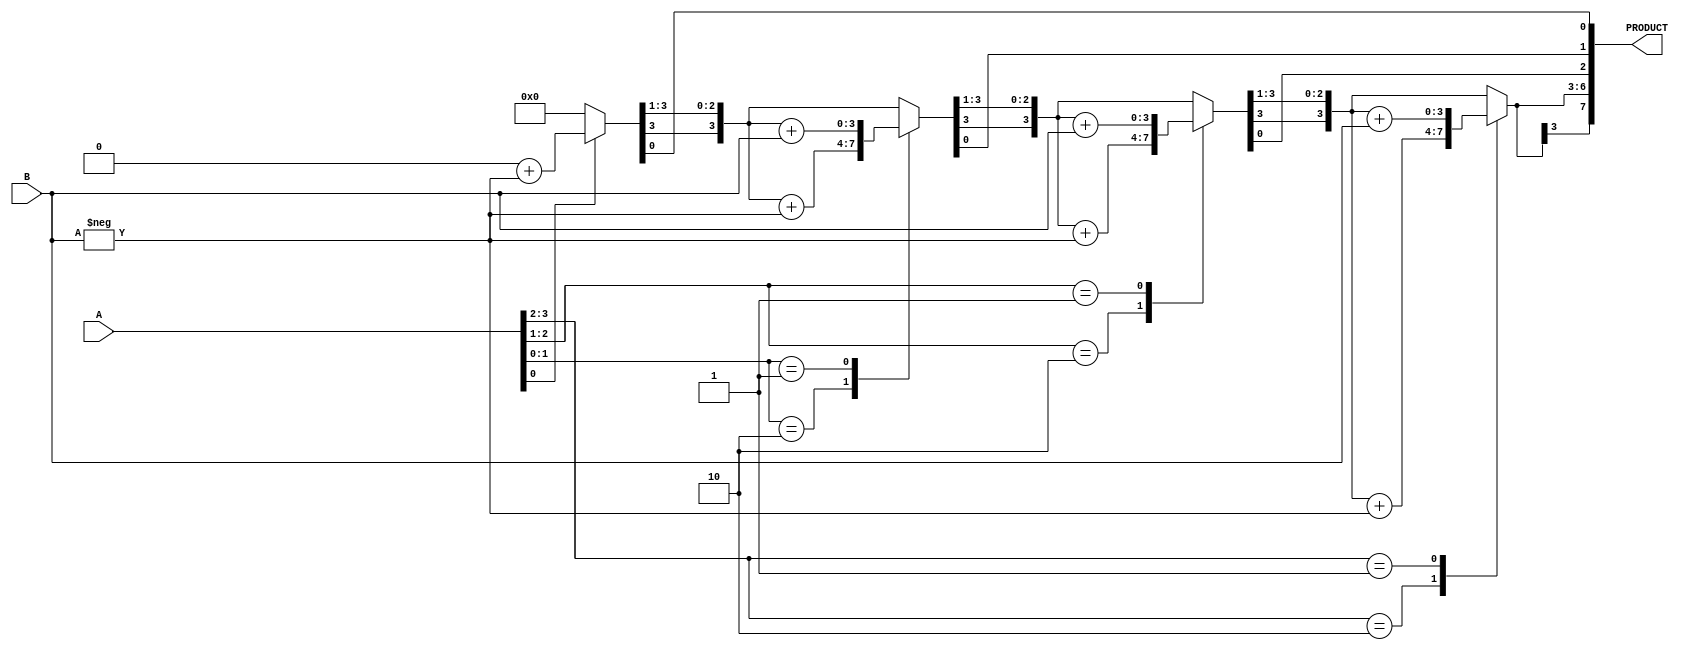
`timescale 1ns / 1ps
//////////////////////////////////////////////////////////////////////////////////
// Company: 
// Engineer: 
// 
// Design Name: 
// Module Name: boothMultiplier
// Project Name: 
// Target Devices: 
// Tool Versions: 
// Description: 
// 
// Dependencies: 
// 
// Revision:
// Revision 0.01 - File Created
// Additional Comments:
// 
//////////////////////////////////////////////////////////////////////////////////

module boothMultiplier(PRODUCT, A, B);
  output reg signed [7:0] PRODUCT;
  input signed [3:0] A, B;

  reg [1:0] temp;
  integer i;
  reg e;
  reg [3:0] B1;

  always @(A,B)
  begin
    PRODUCT = 8'd0;
    e = 1'b0;
    B1 = -B;
    
    for (i=0; i<4; i=i+1)
    begin
      temp = { A[i], e };
      case(temp)
        2'd2 : PRODUCT[7:4] = PRODUCT[7:4] + B1;
        2'd1 : PRODUCT[7:4] = PRODUCT[7:4] + B;
      endcase
      PRODUCT = PRODUCT >> 1;
      PRODUCT[7] = PRODUCT[6];
      e=A[i];
      
    end
  end
  
endmodule